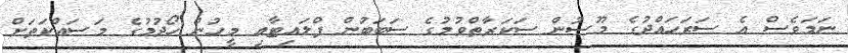
ނަމަވެސް އެ ސަރަހައްދުގެ މޫސުން ސަކަރާތްވުމުގެ ސަބަބުން ފްލައިޓާއި މީހުން ހޯދުމުގެ މަސައްކަތަށް